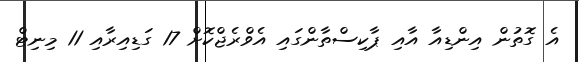
އެ ގޮތުން އިންޑިއާ އާއި ޕާކިސްތާންގައި އެވްރެޖްކޮށް 17 ގަޑިއިރާއި 11 މިނިޓް